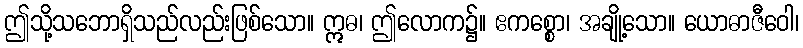
ဤသို့သဘောရှိသည်လည်းဖြစ်သော။ ဣဓ၊ ဤလောက၌။ ဧကစ္စော၊ အချို့သော။ ယောဓာဇီဝေါ၊